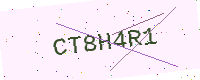
Text: CT8H4R1